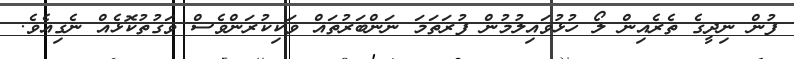
ފުން ނިދީގެ ތެރެއިން ލޯ ހުޅުވައިލުމުން ފުރަތަމަ ނަންބަރުތައް ވަކިކުރަންވެސް ވަގުތުކޮޅެއް ނެގިއެވެ.